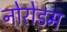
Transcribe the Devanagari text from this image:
नोरोडम